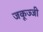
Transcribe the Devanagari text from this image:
जकूज्जी